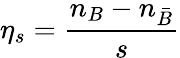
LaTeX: \eta_{s}={\frac{n_{B}-n_{\bar{B}}}{s}}